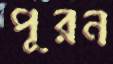
পূরন